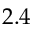
2 . 4